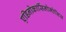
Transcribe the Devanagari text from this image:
एडिनोकार्सिनोमोसिस